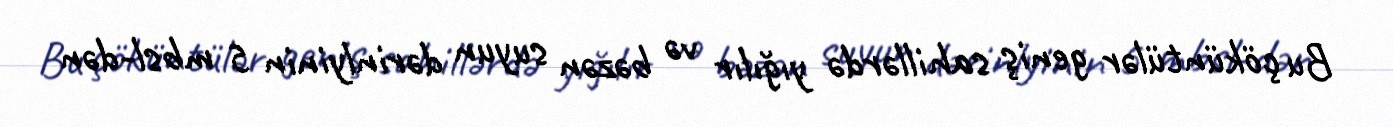
Bu çöküntülər geniş sahillərdə yığılır və bəzən suyun dərinlyinin 5 mbsl-dən